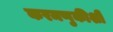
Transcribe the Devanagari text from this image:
करमणुकीशी